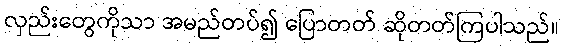
လှည်းတွေကိုသာ အမည်တပ်၍ ပြောတတ် ဆိုတတ်ကြပါသည်။